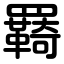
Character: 羇